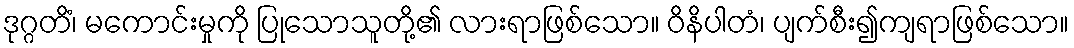
ဒုဂ္ဂတိံ၊ မကောင်းမှုကို ပြုသောသူတို့၏ လားရာဖြစ်သော။ ဝိနိပါတံ၊ ပျက်စီး၍ကျရာဖြစ်သော။